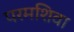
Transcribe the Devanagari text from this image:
परमशिवा